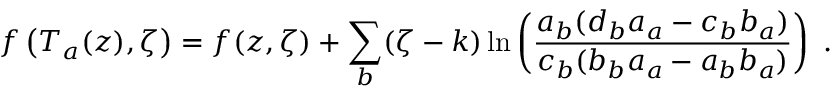
f \left( T _ { a } ( z ) , \zeta \right) = f ( z , \zeta ) + \sum _ { b } ( \zeta - k ) \ln \left( \frac { a _ { b } ( d _ { b } a _ { a } - c _ { b } b _ { a } ) } { c _ { b } ( b _ { b } a _ { a } - a _ { b } b _ { a } ) } \right) \ .